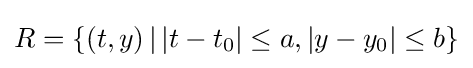
R=\{(t,y)\,|\,|t-t_{0}|\leq a,|y-y_{0}|\leq b\}